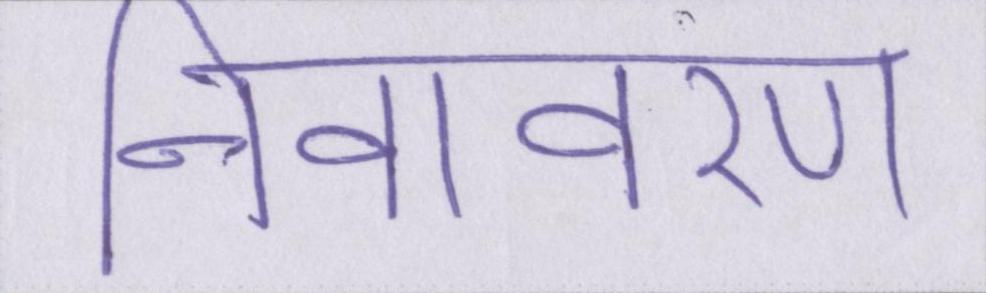
निवावरण